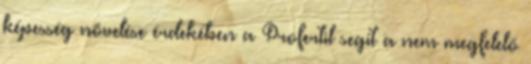
képesség növelése érdekében a Profertil segít a nem megfelelő